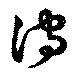
濡